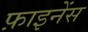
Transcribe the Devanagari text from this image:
फ़ाइनेंस